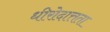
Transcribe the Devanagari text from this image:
धीरोदात्तता